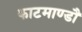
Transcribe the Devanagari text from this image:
काटमाण्डौ